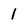
Character: 1